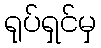
ရုပ်ရှင်မှ